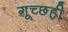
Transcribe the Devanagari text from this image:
गूच्छही